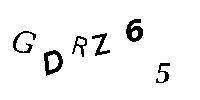
GDRZ65